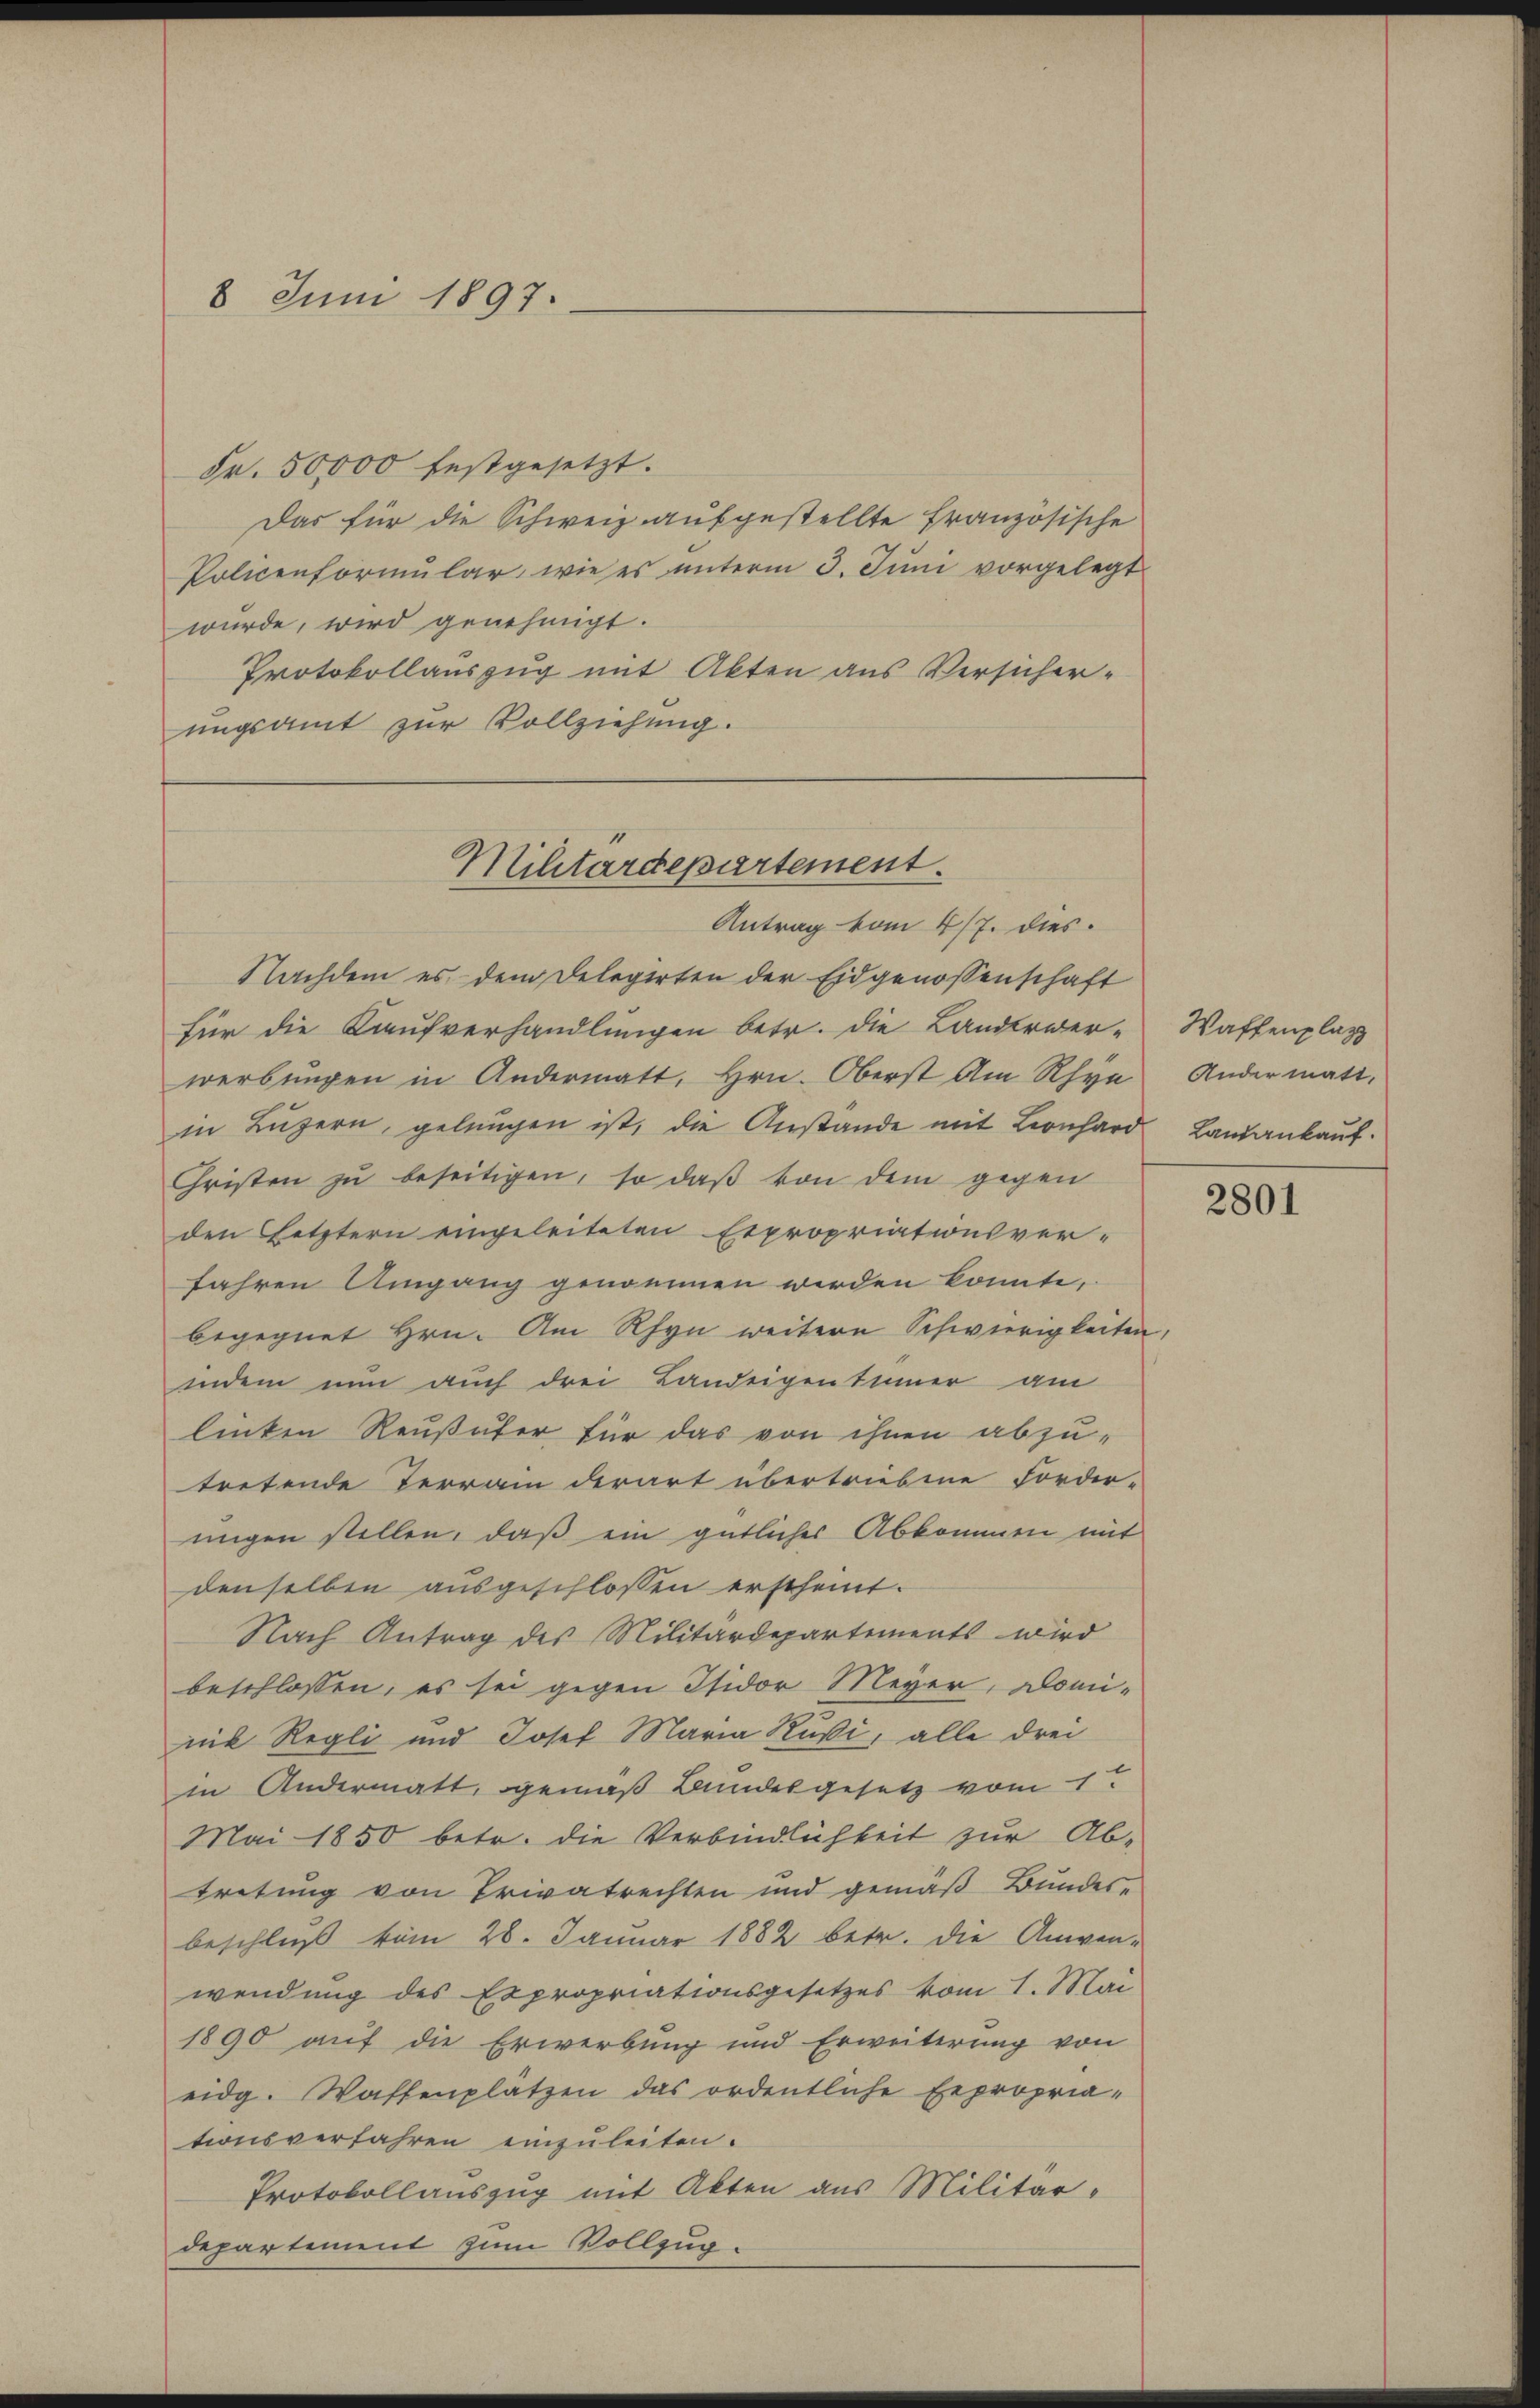
8 Juni 1897.

Fr. 50,000 festgesetzt.
Das für die Schweiz aufgestellte Französische
Policenformular, wie es unterm 3. Juni vorgelegt
wurde, wird genehmigt.
Protokollauszug mit Akten aus Versicher-
ungsamt zur Vollziehung.

Militärdepartement.
Antrag vom 4/7. dies

Nachdem es dem Delegirten der Eidgenossenschaft
für die Kaufverhandlungen betr. die Landerwer-
werbungen in Andermatt, Hrn. Oberst am Rhyn Andermatt.
in Lŭzern, gelungen ist, die Anstande mit Leonhard Landankaŭf
Christen zu beseitigen, so daß von dem gegen
den Letztern eingeleiteten Expropriationsver-
fahren Umgang genommen werden könnte,
begegnet Hrn. Am Rhyn weitere Schwierigkeiten,
indem nun auch drei Landeigentümer am
linken Reußufer für das von ihnen abzu-
tretende Terrain derart übertriebene Forder-
migen stellen, daß ein gütliches Abkommen mit
denselben ausgeschlossen erscheint.
Nach Antrag des Militärdepartements wird
beschlossen, es sei gegen Isidor Meyer, Domi-
nik Regli und Josef Maria Rußi, alle drei
in Andermatt, gemäß Bundesgesetz vom 1.
Mai 1850 betr. die Verbindlichkeit zur Ab-
tretung von Privatrechten und gemäß Bundes-
beschluß vom 28. Januar 1882 betr. die Anwenwendung des Expropriationsgesetzes vom 1. Mai
1890 auf die Erwerbung und Erweiterung von
eidg. Waffenplätzen das ordentliche Expropria-
tionsverfahren einzuleiten.
Protokollauszug mit Akten aus Militär-
departement zum Vollzug.

Waffenplatz

2801